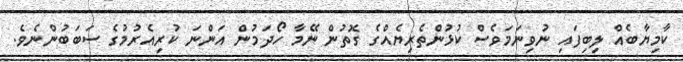
ކާމިޔާބެއް ލިބިފައި ނުވިނަމަވެސް ކުޅުންތެރިޔެއްގެ ގޮތުން ނޭމާ ހޯދަމުން އަންނަ ކުރިއެރުމުގެ ސަބަބުންނެވެ.